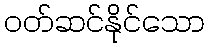
ဝတ်ဆင်နိုင်သော